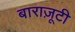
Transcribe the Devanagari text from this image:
बाराज़ूटी